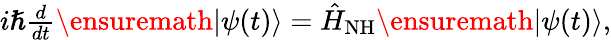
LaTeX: \begin{array}{r}{i\hslash\frac{d}{dt}\ensuremath{\left|\psi(t)\right\rangle}=\hat{H}_{\mathrm{NH}}\ensuremath{\left|\psi(t)\right\rangle},}\end{array}